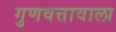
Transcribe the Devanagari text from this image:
गुणवत्तावाला